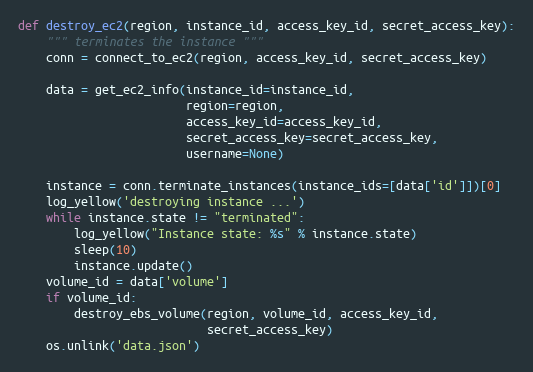
Language: Python
def destroy_ec2(region, instance_id, access_key_id, secret_access_key):
    """ terminates the instance """
    conn = connect_to_ec2(region, access_key_id, secret_access_key)

    data = get_ec2_info(instance_id=instance_id,
                        region=region,
                        access_key_id=access_key_id,
                        secret_access_key=secret_access_key,
                        username=None)

    instance = conn.terminate_instances(instance_ids=[data['id']])[0]
    log_yellow('destroying instance ...')
    while instance.state != "terminated":
        log_yellow("Instance state: %s" % instance.state)
        sleep(10)
        instance.update()
    volume_id = data['volume']
    if volume_id:
        destroy_ebs_volume(region, volume_id, access_key_id,
                           secret_access_key)
    os.unlink('data.json')